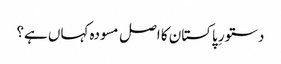
دستورِ پاکستان کا اصل مسودہ کہاں ہے؟